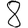
Digit: 8